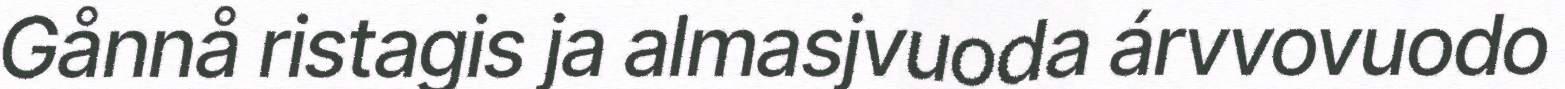
Gånnå ristagis ja almasjvuoda árvvovuodo